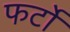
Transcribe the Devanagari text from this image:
फर्टो